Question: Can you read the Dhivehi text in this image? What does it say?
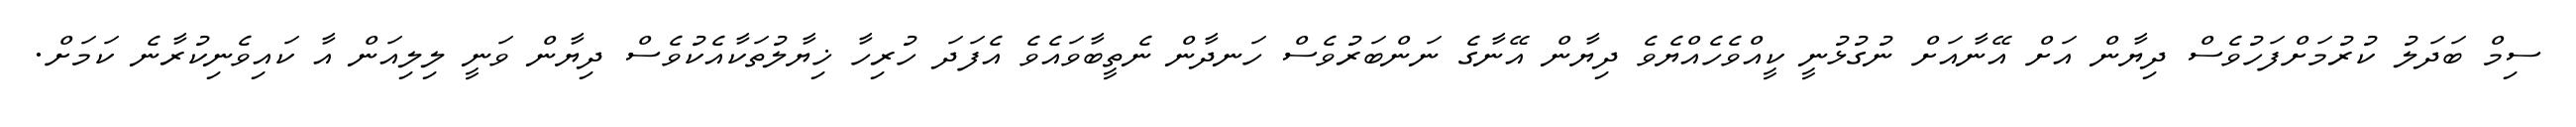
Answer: ސިމް ބަދަލު ކުރުމަށްފަހުވެސް ދިޔާން އަށް އޭނާއަށް ނުގުޅުނީ ކީއްވެހެއްޔެވެ ދިޔާން އޭނާގެ ނަންބަރުވެސް ހަނދާން ނެތީބާވައެވެ އެފަދަ ހުރިހާ ޚިޔާލުތަކާއެކުވެސް ދިޔާން ވަނީ ލިލިއަން އާ ކައިވެނިކުރާނެ ކަމަށް.